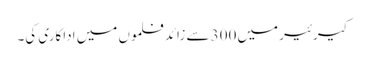
کیرئیر میں 300 سے زائد فلموں میں اداکاری کی۔